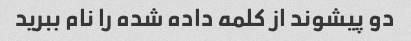
دو پیشوند از کلمه داده شده را نام ببرید